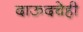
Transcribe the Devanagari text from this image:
दाऊदचेही